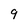
Character: 9